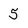
Character: 5